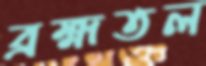
ব্রহ্মতল